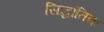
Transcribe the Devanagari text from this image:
सिद्धांतिक